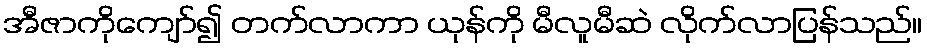
အီဇာကိုကျော်၍ တက်လာကာ ယုန်ကို မီလူမီဆဲ လိုက်လာပြန်သည်။